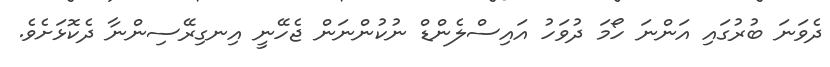
ދެވަނަ ބުރުގައި އަންނަ ހޯމަ ދުވަހު އައިސްލެންޑް ނުކުންނަން ޖެހޭނީ އިނގިރޭސިންނާ ދެކޮޅަށެވެ.